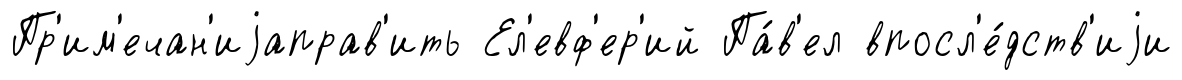
Пр'им'ечан'иjаправ'ить Ел'евф'ер'ий Па́в'ел впосл'е́дств'иjи